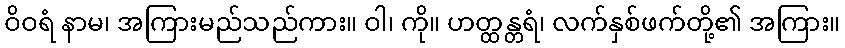
ဝိဝရံ နာမ၊ အကြားမည်သည်ကား။ ဝါ၊ ကို။ ဟတ္ထန္တရံ၊ လက်နှစ်ဖက်တို့၏ အကြား။